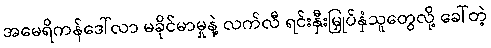
အမေရိကန်ဒေါ်လာ မခိုင်မာမှုနဲ့ လက်လီ ရင်းနှီးမြှုပ်နှံသူတွေလို့ ခေါ်တဲ့